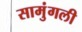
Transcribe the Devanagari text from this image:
सामुंगली